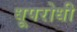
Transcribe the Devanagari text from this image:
धूपरोधी